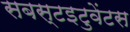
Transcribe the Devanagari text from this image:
सबस्टइटुवेंटस